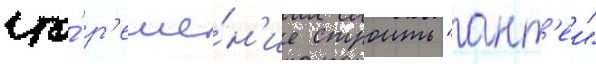
что́ р'еше́н'ие строить "ант'еи"